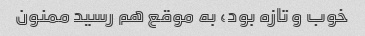
خوب و تازه بود، به موقع هم رسید ممنون